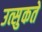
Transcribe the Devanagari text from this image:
उत्सुकते